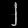
Digit: ၂